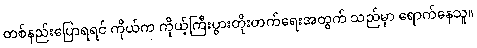
တစ်နည်းပြောရရင် ကိုယ်က ကိုယ့်ကြီးပွားတိုးတက်ရေးအတွက် သည်မှာ ရောက်နေသူ။